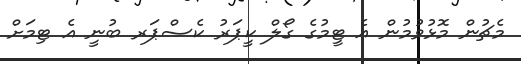
މެޗުން މޮޅުވުމުން އެ ޓީމުގެ ގޯލް ކީޕަރު ކެސްޕަރ ބުނީ އެ ޓިމަށް